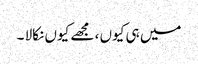
میں ہی کیوں ، مجھے کیوں نکالا ۔